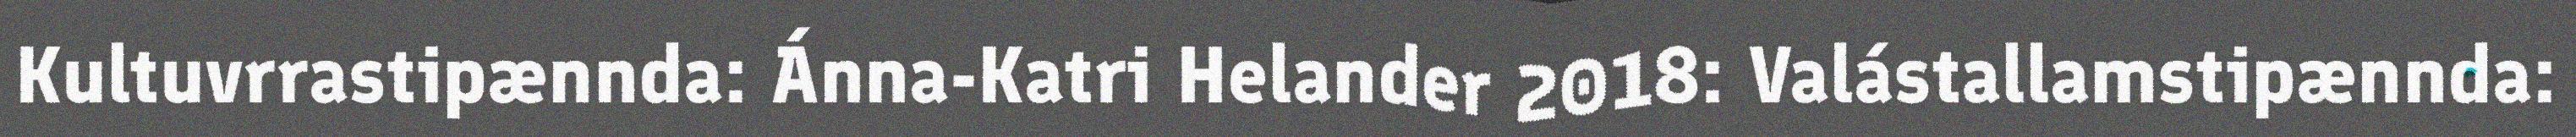
Kultuvrrastipænnda: Ánna-Katri Helander 2018: Valástallamstipænnda: